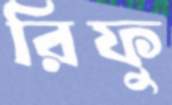
রিফু